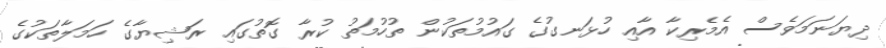
ދިޔަނަމަވެސް އެެމެރިކާ އާއި ހުޅަނގުގެ ގައުމުތަކުން ތުހުމަތު ކުރާ ގޮތުގައި ރަޝިޔާގެ ހަމަލާތަކުގެ